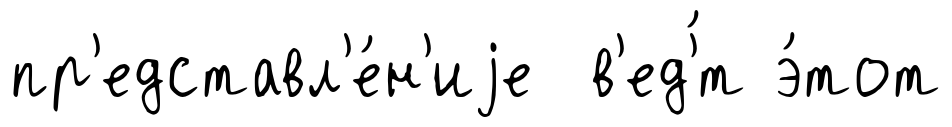
пр'едставл'е́н'иjе в'ед'́т э́тот